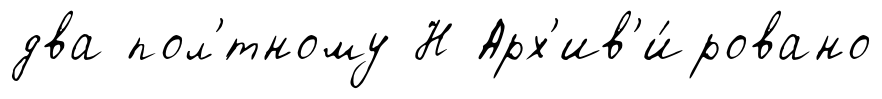
два пол'́тному Н Арх'ив'и́ровано